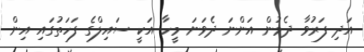
އަދި ފަރުވާ ދެމުން އަންނަ ދެވަނަ މީހާ އަކީ ސައިލްގެ ފަހަތުގައި އިން